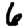
Digit: 6